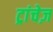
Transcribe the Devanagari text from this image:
ट्रांचेज़